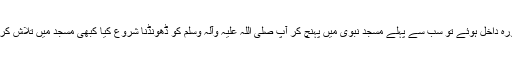
حضرت بلال رضی اللہ عنہ جب مدینہ منورہ داخل ہوئے تو سب سے پہلے مسجد نبوی میں پہنچ کر آپ صلی اللہ علیہ وآلہ وسلم کو ڈھونڈنا شروع کیا کبھی مسجد میں تلاش کرتے اور کبھی حجروں میں ،جب نہ پایا تو۔